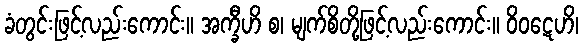
ခံတွင်းဖြင့်လည်းကောင်း။ အက္ခီဟိ စ၊ မျက်စိတို့ဖြင့်လည်းကောင်း။ ဝိဝဋေဟိ၊